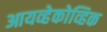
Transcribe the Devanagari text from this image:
आयव्हेकोव्हिक